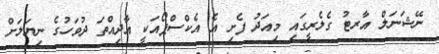
ނޭޝަނަލް އާރޓު ގެލެރީގައި މިއަދު ފެށި އެ އެކްސްޕޯއަކީ އާދިއްތަ ދުވަހުގެ ނިޔަލަށް